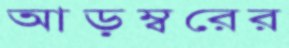
আড়ম্বরের